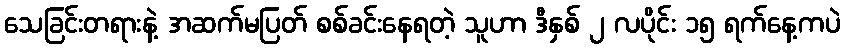
သေခြင်းတရားနဲ့ အဆက်မပြတ် စစ်ခင်းနေရတဲ့ သူဟာ ဒီနှစ် ၂ လပိုင်း ၁၅ ရက်နေ့ကပဲ